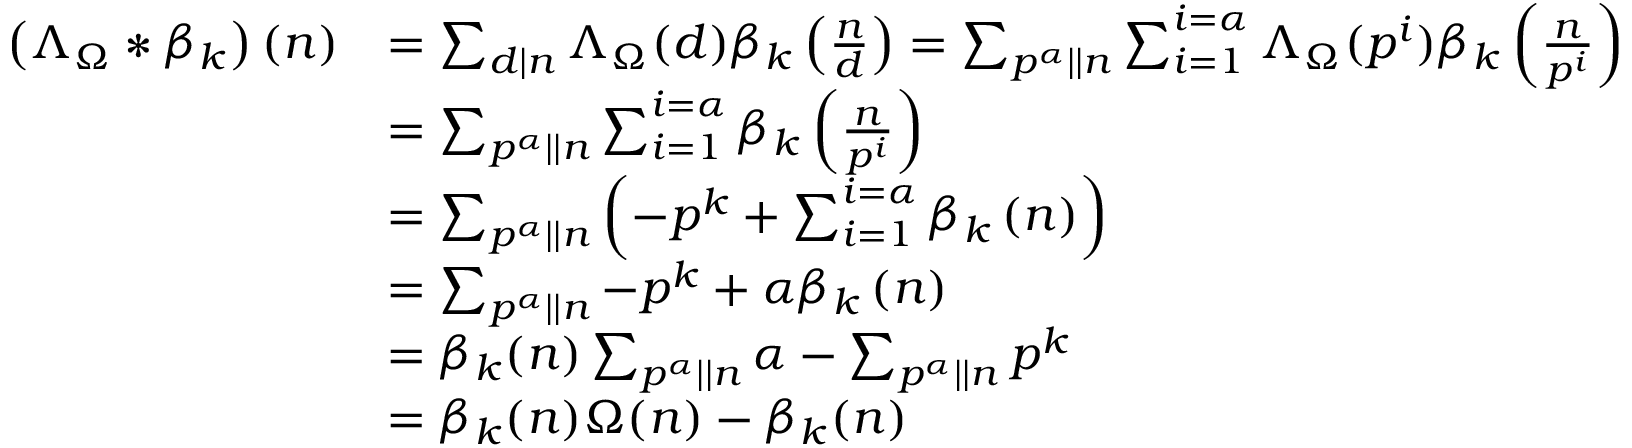
\begin{array} { r l } { \left( \Lambda _ { \Omega } \ast \beta _ { k } \right) ( n ) } & { = \sum _ { d \mid n } \Lambda _ { \Omega } ( d ) \beta _ { k } \left( \frac { n } { d } \right) = \sum _ { p ^ { \alpha } | | n } \sum _ { i = 1 } ^ { i = \alpha } \Lambda _ { \Omega } ( p ^ { i } ) \beta _ { k } \left( \frac { n } { p ^ { i } } \right) } \\ & { = \sum _ { p ^ { \alpha } | | n } \sum _ { i = 1 } ^ { i = \alpha } \beta _ { k } \left( \frac { n } { p ^ { i } } \right) } \\ & { = \sum _ { p ^ { \alpha } | | n } \left( - p ^ { k } + \sum _ { i = 1 } ^ { i = \alpha } \beta _ { k } \left( n \right) \right) } \\ & { = \sum _ { p ^ { \alpha } | | n } - p ^ { k } + \alpha \beta _ { k } \left( n \right) } \\ & { = \beta _ { k } ( n ) \sum _ { p ^ { \alpha } | | n } \alpha - \sum _ { p ^ { \alpha } | | n } p ^ { k } } \\ & { = \beta _ { k } ( n ) \Omega ( n ) - \beta _ { k } ( n ) } \end{array}